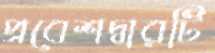
প্রবেশদ্বারটি